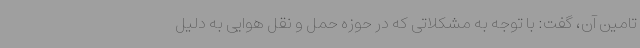
تامین آن، گفت: با توجه به مشکلاتی که در حوزه حمل و نقل هوایی به دلیل